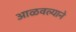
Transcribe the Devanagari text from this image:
आळवल्याने